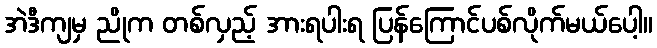
အဲဒီကျမှ ညိုက တစ်လှည့် အားရပါးရ ပြန်ကြောင်ပစ်လိုက်မယ်ပေါ့။